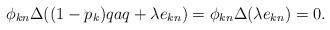
LaTeX: \begin{align*} \phi_{kn}\Delta((1-p_k)qaq + \lambda e_{kn}) = \phi_{kn}\Delta(\lambda e_{kn})=0. \end{align*}